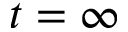
{ t = \infty }